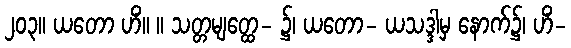
၂၀၃။ ယတော ဟိံ။ ။ သတ္တမျတ္ထေ- ၌၊ ယတော- ယသဒ္ဒါမှ နောက်၌၊ ဟိံ-